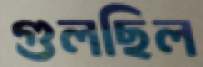
গুলছিল